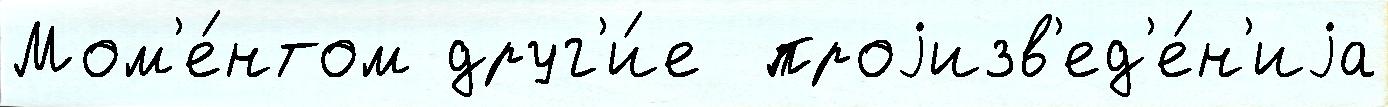
Мом'е́нтом друг'и́е  проjизв'ед'е́н'иjа